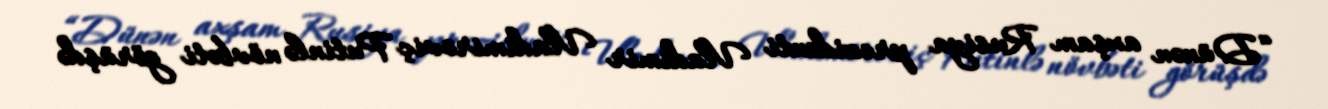
“Dünən axşam Rusiya prezidenti Vladimir Vladimiroviç Putinlə növbəti görüşdə